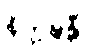
နိက္ကဍ္ဎန္တီ